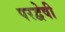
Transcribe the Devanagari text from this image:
परद्वेषी